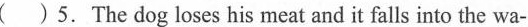
( ) 5.The dog loses his meat and it falls into the wa-